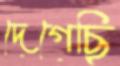
দেগেছি